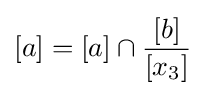
[a]=[a]\cap {\frac {[b]}{[x_{3}]}}